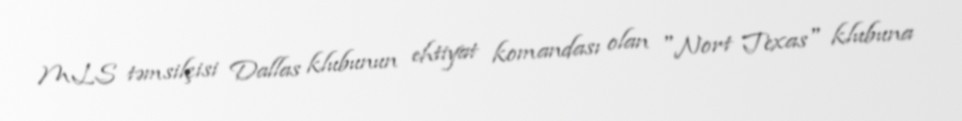
MLS təmsilçisi Dallas klubunun ehtiyat komandası olan "Nort Texas" klubuna